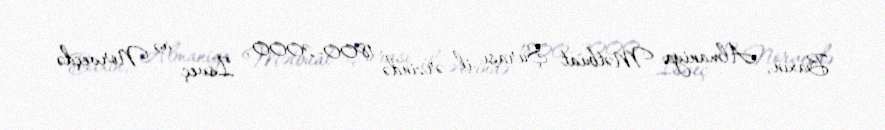
Baxın, Almaniya Mətbuat Şurası il ərzində 1800-2000, İsveç və Norveçdə